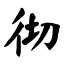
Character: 彻